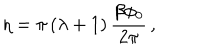
LaTeX: \eta = \pi \left( \lambda + 1 \right) \frac { \beta \phi _ { 0 } } { 2 \pi } \, ,